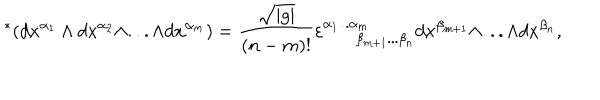
LaTeX: { } ^ { * } ( d x ^ { \alpha _ { 1 } } \wedge d x ^ { \alpha _ { 2 } } \wedge . . . \wedge d x ^ { \alpha _ { m } } ) = \frac { \sqrt { | g | } } { ( n - m ) ! } \varepsilon _ { \ \ \ \beta _ { m + 1 } . . . \beta _ { n } } ^ { \alpha _ { 1 } . . . \alpha _ { m } } d x ^ { \beta _ { m + 1 } } \wedge . . . \wedge d x ^ { \beta _ { n } } ,